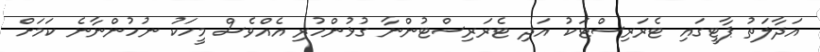
އަދާލަތު ޕާޓީގައި ޓެރަރިސްޓަކު އަދި ޓެރަރިސްޓުންނާ ގުޅުންހުރި އެއްވެސް މީހަކު ނުހުންނާނެ ކަމަށް